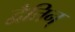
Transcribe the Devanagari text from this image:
द्वैतिन्